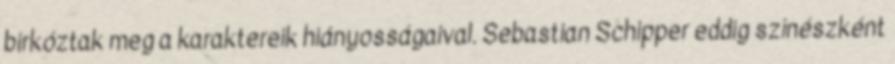
birkóztak meg a karaktereik hiányosságaival. Sebastian Schipper eddig színészként